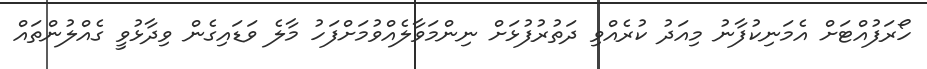
ހޯރަފުއްޓަށް އެމަނިކުފާނު މިއަދު ކުރެއްވި ދަތުރުފުޅަށް ނިންމަވާލެއްވުމަށްފަހު މާލެ ވަޑައިގެން ވިދާޅުވީ ގެއްލުންތައް